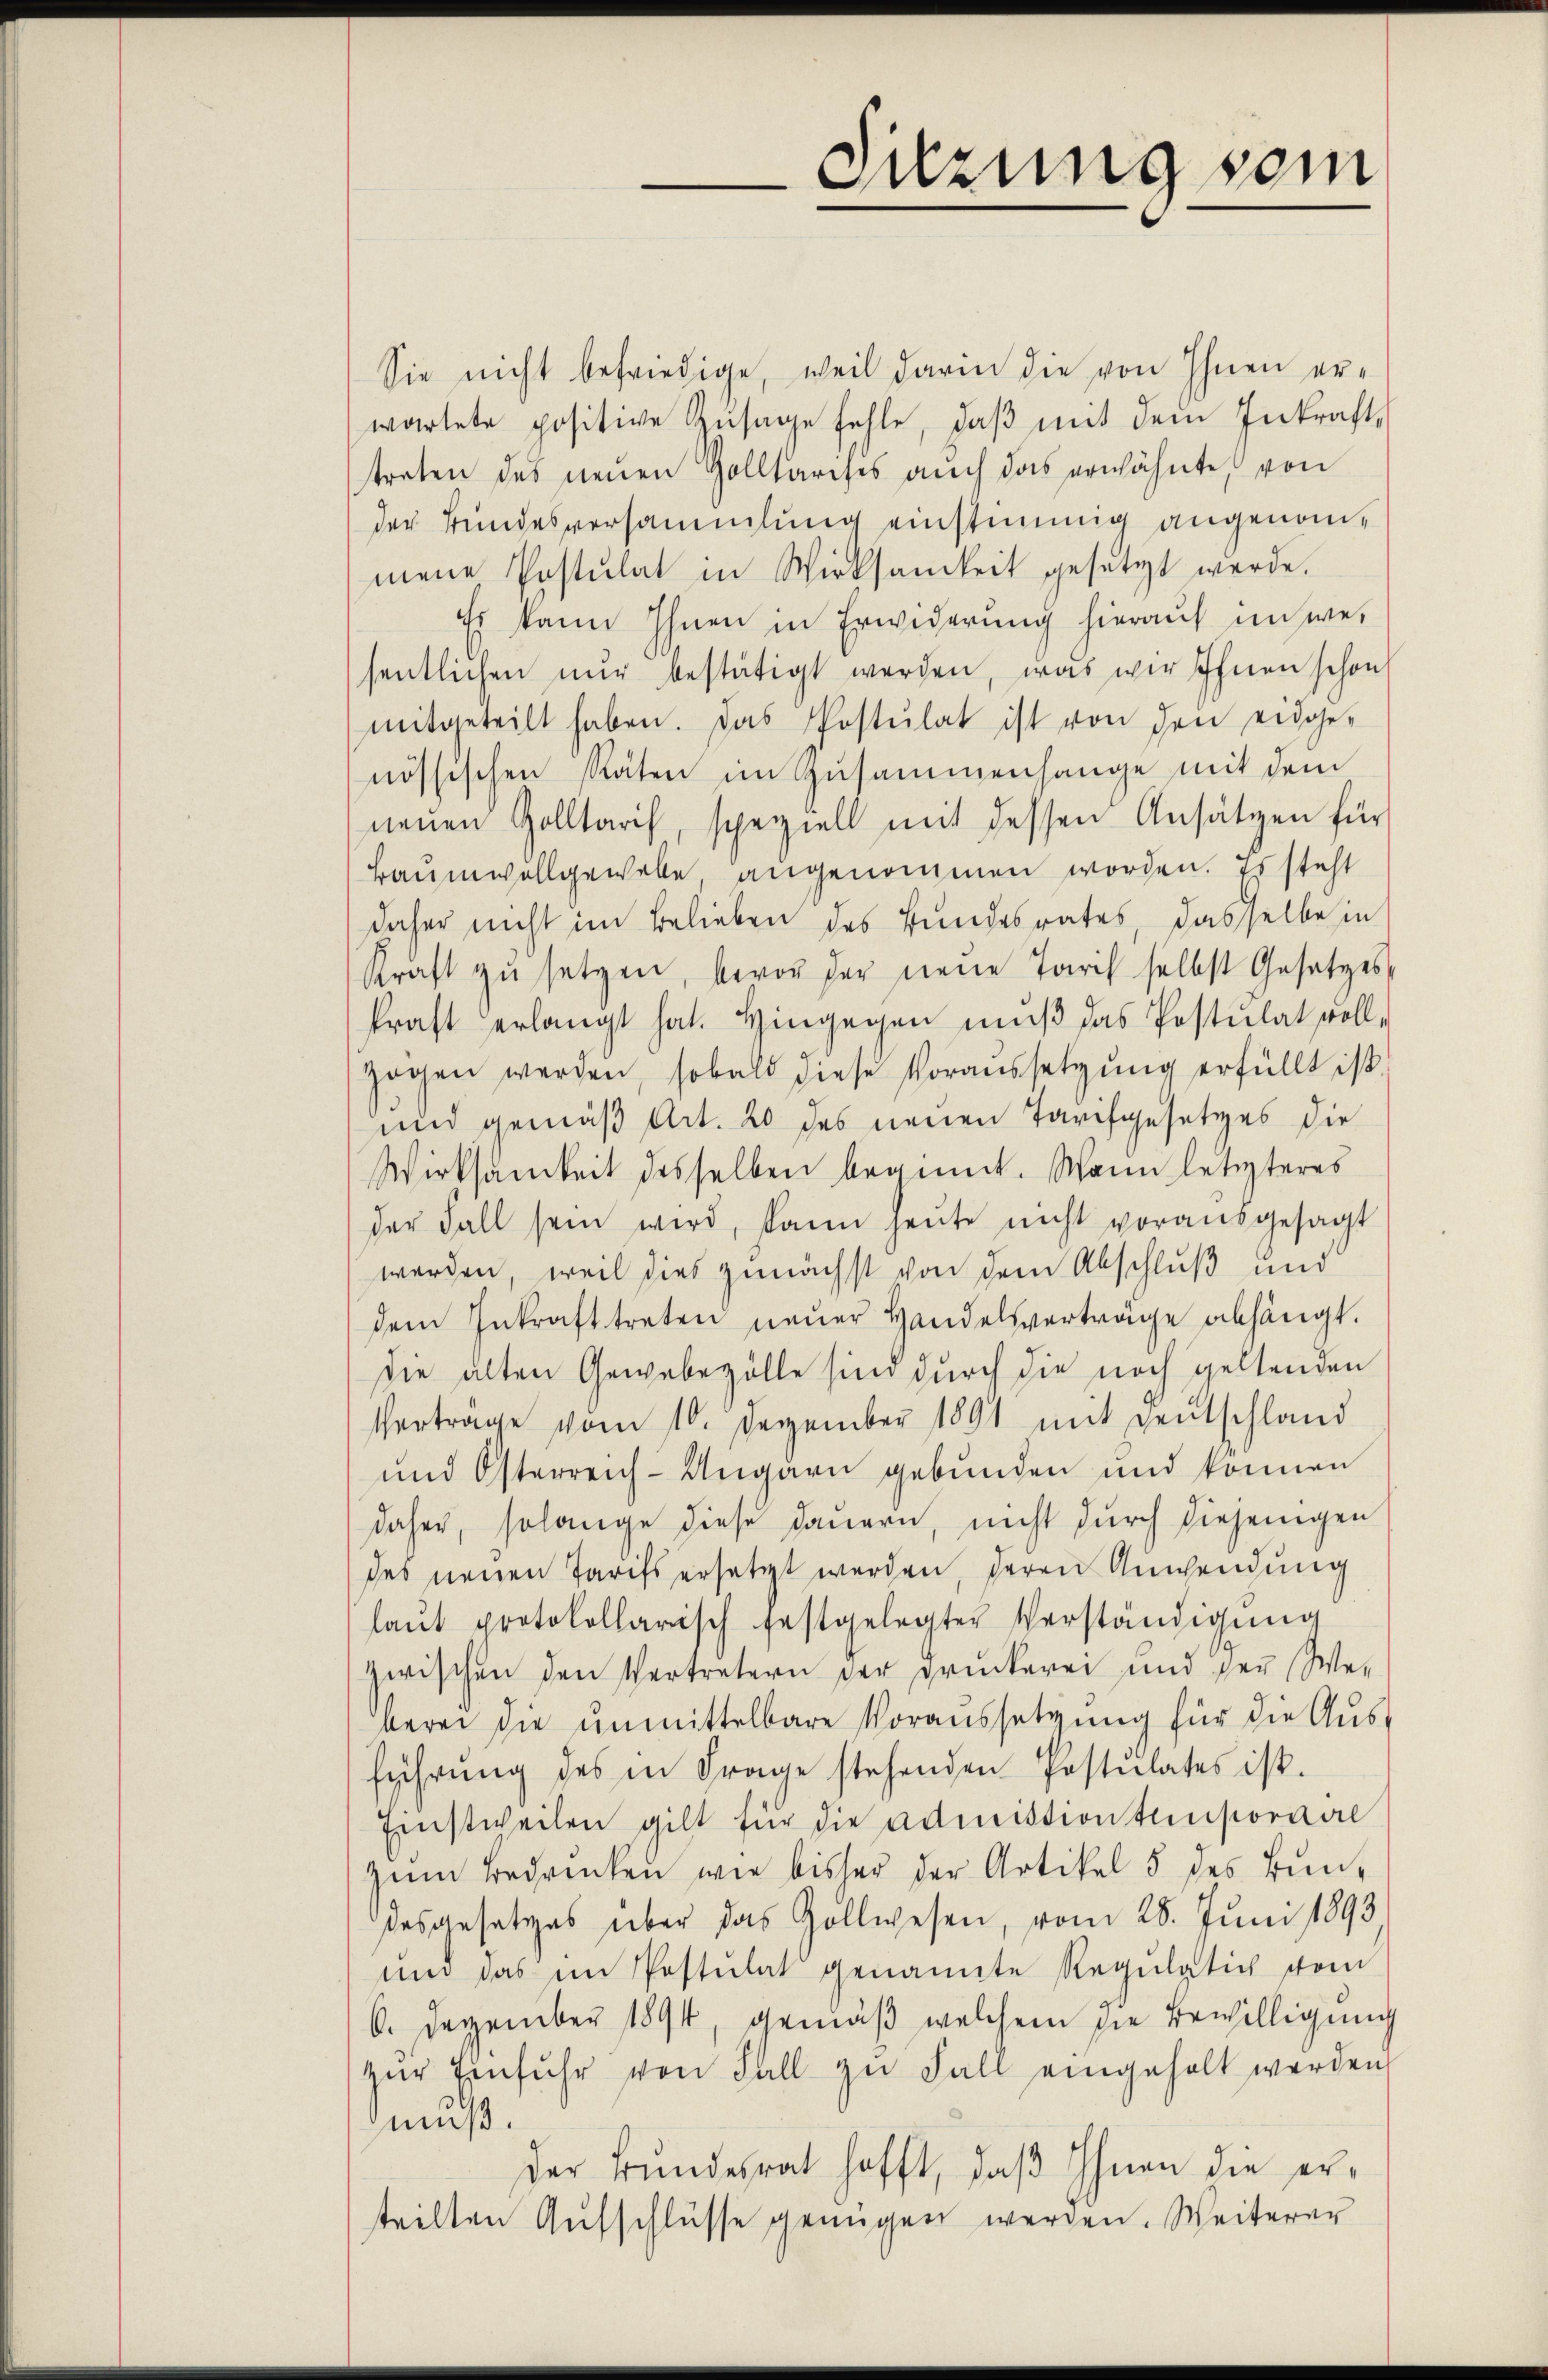
Sie nicht befriedige, weil darin die von Ihnen erwartete positive Zŭsage fehle, daβ mit dem Inkraft-
traten des neŭen Zolltarises auch das erwähnte, von
der Bundesversammlung einstimmig angenommene Postulat in Wirksamkeit gesetzt werde.
Es kann Ihnen in Erwiderung hierauf unwe-
sentlichen nŭr bestätigt werden, was wir Ihnen schon
mitgeteilt haben. Das Postulat ist von den eidge-
nössischen Räten in Zusammenhange mit dem
neuen Zolltaris, speziell mit dessen Ansätzen für
Baumwollgewebe angenommen worden. Es steht
daher nicht im Belieben des Bundesrates, dasselbe in
Kraft zŭ setzen, bevor der neue Tarif selbst Gesetzes
kraft erlangt hat. Hingegen muß das Postulat voll
zogen werden, sobald diese Voraussetzung erfüllt ist.
und gemäß Art. 20 des neuen Tarifgesetzes die
Wirksamkeit desselben beginnt. Wann letzteres
der Fall sein wird, kann heŭte nicht vorausgesagt
werden, weil dies zunächst von dem Abschluß und
dem Inkrafttreten neŭer Handelsverträge abhängt.
die alten Gewebezölle sind durch die noch geltenden
Vertrage vom 10. Dezember 1891 mit Deutschland
und Österreich-Ungarn gebunden und können
daher, solange diese dauern, nicht durch diejenigen
des neuen Tarifs ersetzt werden, deren Anwendung
laŭt protokollarisch festgelegter Verständigung
zwischen den Vertretern der Druckerei und der We-
berei die unmittelbare Voraussetzung für die Aus
führŭng des in Frage stehenden Postulates ist.
Einstweilen gilt für die admission temporaire
zŭm Bedrücken wie bisher der Artikel 5 des Bundesgesetzes über das Zollwesen, vom 28. Juni 1893
und das im Postulat genannte Regŭlatich vom
6. Dezember 1894 gemäβ welchem die Bewilligung
zŭr Einfuhr von Fall zu Fall eingeholt werden,
muß.
der Bundesrat hofft, daß Ihnen die erteilten Aufschlüsse genügen werden. Weiterer

Suzung vom